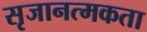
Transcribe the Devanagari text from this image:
सृजानत्मकता